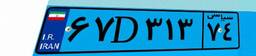
۲۲D۹۸۲۶۲